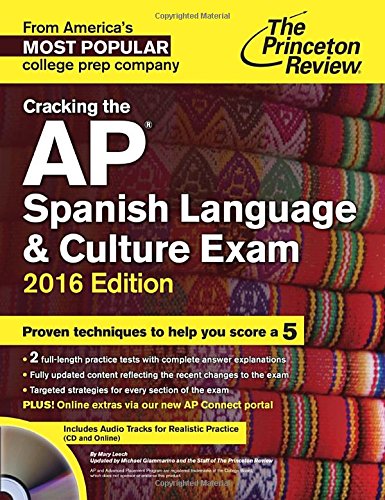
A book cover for Cracking the AP Spanish Language & Culture Exam with Audio CD, 2016 Edition (College Test Preparation); Princeton Review; Test Preparation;